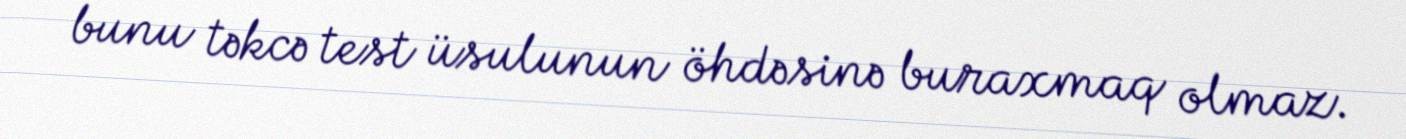
bunu təkcə test üsulunun öhdəsinə buraxmaq olmaz.